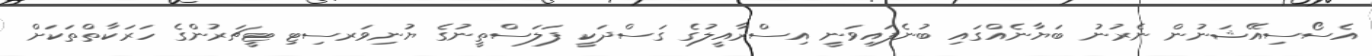
އެސޯސިއޭޝަނުން ނެރުނު ބަޔާނެއްގައި ބުނެފައިވަނީ އިސްރާއީލުގެ ގަސްދަކީ ފަލަސްތީނުގެ ޔުނިވަރސިޓި ޓީޗަރުންގެ ހަރަކާތްތަކަށް